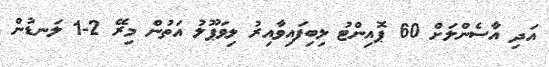
އަދި އާސެންލަށް 60 ޕޮއިންޓު ލިބިފައިވާއިރު ލިވަޕޫލު އަތުން މިރޭ 2-1 ލަނޑުން